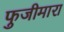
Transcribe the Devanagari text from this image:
फुजीमारा